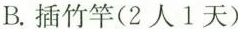
B.插竹竿(2人1天)